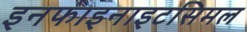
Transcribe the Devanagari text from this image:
इनफाइनाइटसिमल